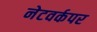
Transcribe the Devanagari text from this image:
नेटवर्कपर